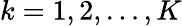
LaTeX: k=1,2,\dots,K